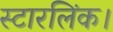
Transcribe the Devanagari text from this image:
स्टारलिंक।